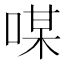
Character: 㖼